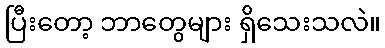
ပြီးတော့ ဘာတွေများ ရှိသေးသလဲ။